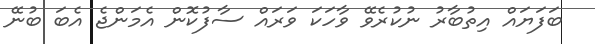
ބަފަޔައް އިތުބާރު ނުކުރެވޭ ވާހަކަ ވަރައް ސާފުކޮން އެމަންޖެ އެބަ ބުނޭ